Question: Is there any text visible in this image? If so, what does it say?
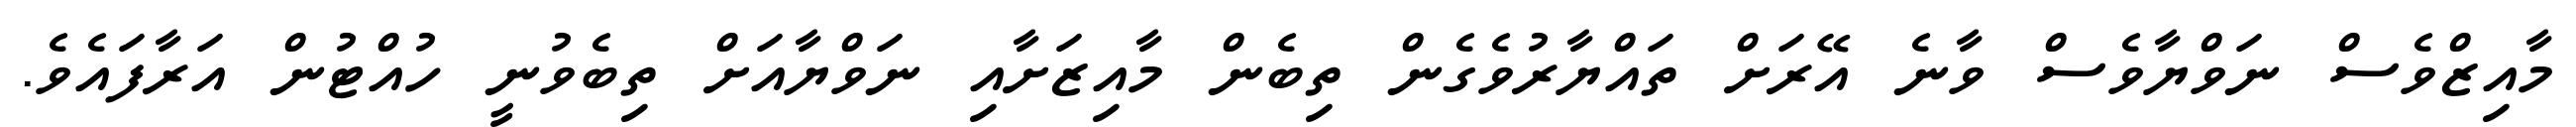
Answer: މާއިޒްވެސް ނަވްޔާވެސް ވާނެ އޭރަށް ތައްޔާރުވެގެން ތިބެން މާއިޒަށާއި ނަވްޔާއަށް ތިބެވުނީ ހުއްޓުން އަރާފައެވެ.